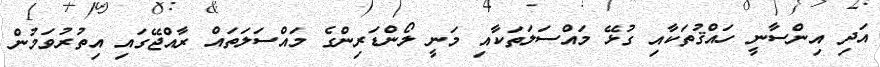
އަދި އިންސާނީ ހައްޤުތަކާއި ގުޅޭ މައްސަލަތަކާއި މަނީ ލޯންޑަރިންގެ މައްސަލަތައް ރާއްޖޭގައި އިތުރުވަމުން